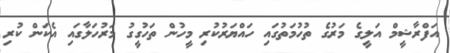
އަފްރާޝީމް އަލީގެ މަރުގެ ތުހުމަތުގައި ހައްޔަރުކުރި މީހުން ތަހުގީގު މަރުހަލާގައި އެކަން ކުރި